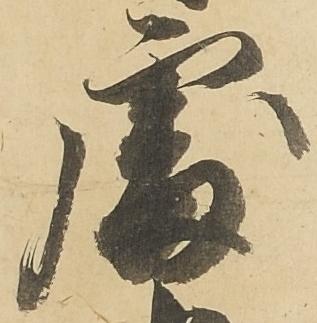
処